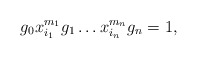
\begin{align*} g_{0}x_{i_{1}}^{m_{1}}g_{1} \dots x_{i_{n}}^{m_{n}}g_{n} = 1,\end{align*}